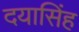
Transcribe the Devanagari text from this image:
दयासिंह